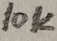
Text: 10K